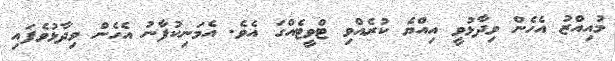
މުއިއްޒު އެހެން ވިދާޅުވީ އިއްޔެ ކުރެއްވި ޓްވީޓެއްގަ އެވެ. އެމަނިކުފާނު އެހެން ވިދާޅުވެފައި